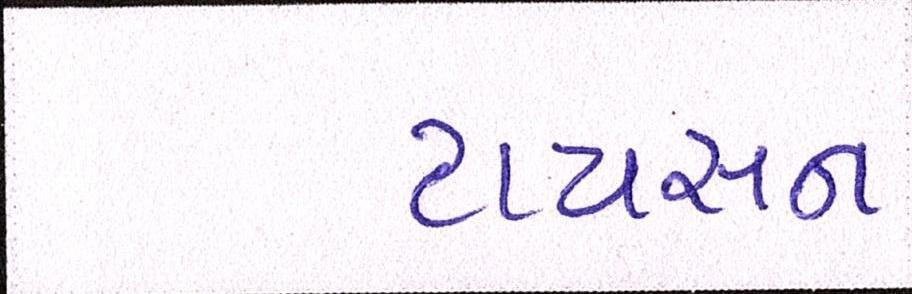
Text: ટાયસન